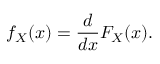
f _ { X } ( x ) = { \frac { d } { d x } } F _ { X } ( x ) .